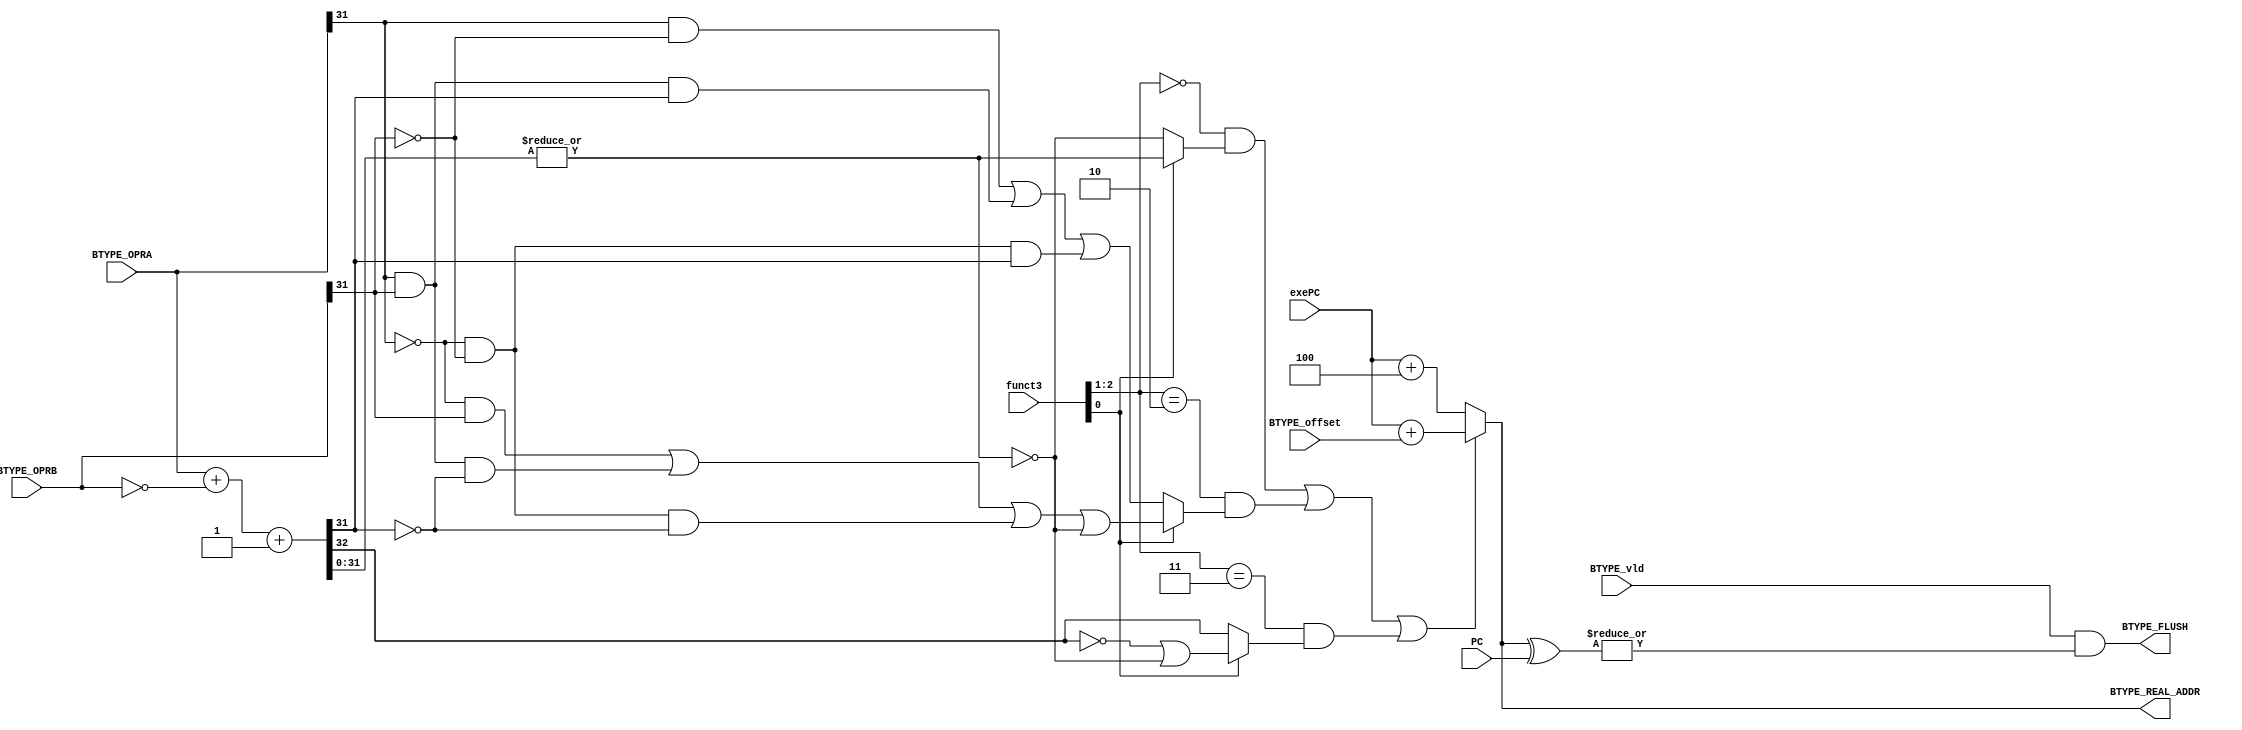
module BTYPE_compare
(
 input BTYPE_vld,
 input [31:0] BTYPE_OPRA,
 input [31:0] BTYPE_OPRB,
 input [2:0]  funct3,
 input [31:0] BTYPE_offset,
 input [31:0] PC,
 input [31:0] exePC,
 output BTYPE_FLUSH,
 output [31:0]BTYPE_REAL_ADDR    
);

wire [31:0] rb =~BTYPE_OPRB;
wire [31:0] diff;
assign {carry,diff} = BTYPE_OPRA + rb + 1'b1;

wire beq = ~(|diff);
wire bne = 	 |diff;
wire blt = (BTYPE_OPRA[31] & ~BTYPE_OPRB[31]) |
           (BTYPE_OPRA[31] & BTYPE_OPRB[31] & diff[31]) | 
		   (~BTYPE_OPRA[31] & ~BTYPE_OPRB[31] & diff[31]) ;
wire bge = (~BTYPE_OPRA[31] & BTYPE_OPRB[31]) |
           (BTYPE_OPRA[31] & BTYPE_OPRB[31] & ~diff[31]) |
		   (~BTYPE_OPRA[31] & ~BTYPE_OPRB[31] & ~diff[31]) | beq; 
wire bltu = carry;
wire bgeu = ~carry | beq;

wire beq_bne   = (funct3[0])?bne:beq;
wire blt_bge   = (funct3[0])?bge:blt;
wire bltu_bgeu = (funct3[0])?bgeu:bltu;

assign result  = ((funct3[2:1]==2'b00) &beq_bne)|
                 ((funct3[2:1]==2'b10) &blt_bge)|
				 ((funct3[2:1]==2'b11) &bltu_bgeu);
					 
assign BTYPE_REAL_ADDR = result ? (exePC + BTYPE_offset) : (exePC + 4);
assign BTYPE_FLUSH	  = BTYPE_vld & (|(BTYPE_REAL_ADDR^PC));

endmodule